Language: tamil
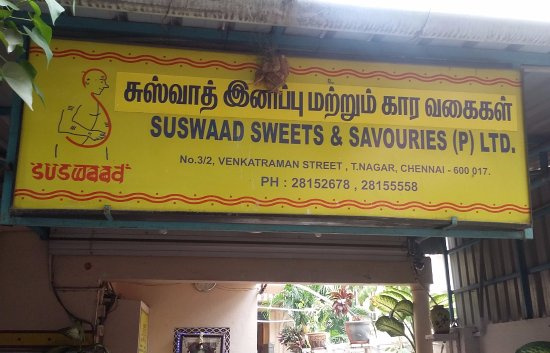
Transcription: கஸ்வாத் இனப்பு மற்றும் கார வகைகள்